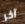
آخر